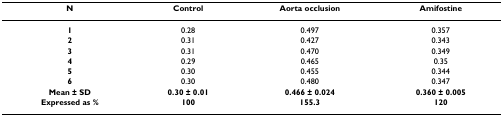
<table><thead><tr><td><b>N</b></td><td><b>Control</b></td><td><b>Aorta occlusion</b></td><td><b>Amifostine</b></td></tr></thead><tbody><tr><td><b>1</b></td><td>0.28</td><td>0.497</td><td>0.357</td></tr><tr><td><b>2</b></td><td>0.31</td><td>0.427</td><td>0.343</td></tr><tr><td><b>3</b></td><td>0.31</td><td>0.470</td><td>0.349</td></tr><tr><td><b>4</b></td><td>0.29</td><td>0.465</td><td>0.35</td></tr><tr><td><b>5</b></td><td>0.30</td><td>0.455</td><td>0.344</td></tr><tr><td><b>6</b></td><td>0.30</td><td>0.480</td><td>0.347</td></tr><tr><td><b>Mean ± SD</b></td><td><b>0.30 ± 0.01</b></td><td><b>0.466 ± 0.024</b></td><td><b>0.360 ± 0.005</b></td></tr><tr><td><b>Expressed as %</b></td><td><b>100</b></td><td><b>155.3</b></td><td><b>120</b></td></tr></tbody></table>